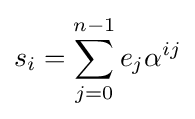
s_{i}=\sum _{j=0}^{n-1}e_{j}\alpha ^{ij}